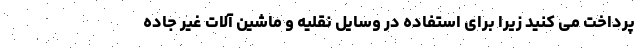
پرداخت می کنید زیرا برای استفاده در وسایل نقلیه و ماشین آلات غیر جاده